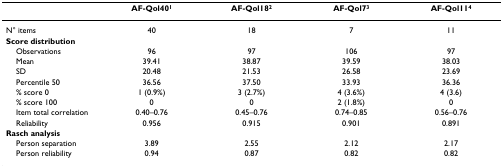
|  | AF-Qol401 | AF-Qol182 | AF-Qol73 | AF-Qol114 |
 | --- | --- | --- | --- | --- |
 | N° items | 40 | 18 | 7 | 11 |
 | Score distribution |  |  |  |  |
 | Observations | 96 | 97 | 106 | 97 |
 | Mean | 39.41 | 38.87 | 39.59 | 38.03 |
 | SD | 20.48 | 21.53 | 26.58 | 23.69 |
 | Percentile 50 | 36.56 | 37.50 | 33.93 | 36.36 |
 | % score 0 | 1 (0.9%) | 3 (2.7%) | 4 (3.6%) | 4 (3.6) |
 | % score 100 | 0 | 0 | 2 (1.8%) | 0 |
 | Item total correlation | 0.40–0.76 | 0.45–0.76 | 0.74–0.85 | 0.56–0.76 |
 | Reliability | 0.956 | 0.915 | 0.901 | 0.891 |
 | Rasch analysis |  |  |  |  |
 | Person separation | 3.89 | 2.55 | 2.12 | 2.17 |
 | Person reliability | 0.94 | 0.87 | 0.82 | 0.82 |